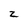
Character: Z